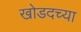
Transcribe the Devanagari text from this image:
खोडदच्या